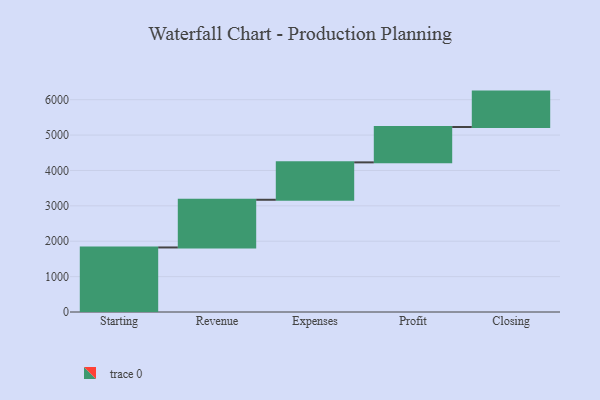
{"axis": {"x": "Step", "y": "Value"}, "legend": [""], "data": [{"x": "Starting", "y": 1824.0, "type": ""}, {"x": "Revenue", "y": 1348.0, "type": ""}, {"x": "Expenses", "y": 1057.0, "type": ""}, {"x": "Profit", "y": 1000, "type": ""}, {"x": "Closing", "y": 1000, "type": ""}]}